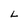
Character: L